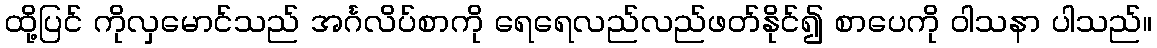
ထို့ပြင် ကိုလှမောင်သည် အင်္ဂလိပ်စာကို ရေရေလည်လည်ဖတ်နိုင်၍ စာပေကို ဝါသနာ ပါသည်။